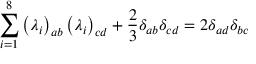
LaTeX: \sum _ { i = 1 } ^ { 8 } \left( \lambda _ { i } \right) _ { a b } \left( \lambda _ { i } \right) _ { c d } + \frac { 2 } { 3 } \delta _ { a b } \delta _ { c d } = 2 \delta _ { a d } \delta _ { b c }